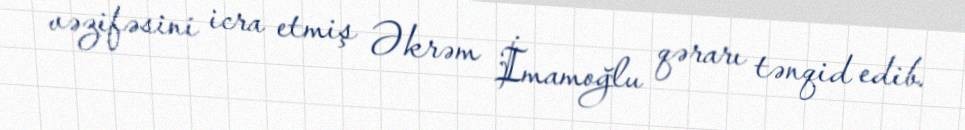
vəzifəsini icra etmiş Əkrəm İmamoğlu qərarı tənqid edib.